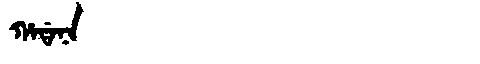
Manchu: ᡥᠠᡩᠠᠨᠠ
Romanization: HADANA